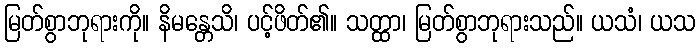
မြတ်စွာဘုရားကို။ နိမန္တေသိ၊ ပင့်ဖိတ်၏။ သတ္ထာ၊ မြတ်စွာဘုရားသည်။ ယသံ၊ ယသ